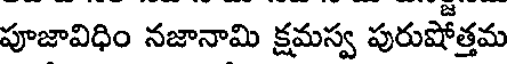
పూజావిధిం నజానామి క్షమస్వ పురుషోత్తమ